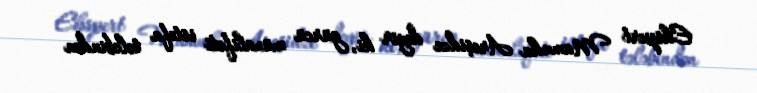
Ekspert Mamuka Areşidze deyir ki, gürcü müxalifəti istefa tələbindən